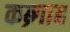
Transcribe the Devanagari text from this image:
कब्र्गाह